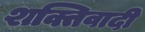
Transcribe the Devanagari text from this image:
शक्तिवादी